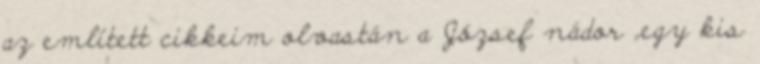
az említett cikkeim olvastán a József nádor „egy kis